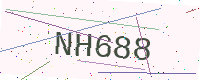
Text: NH688